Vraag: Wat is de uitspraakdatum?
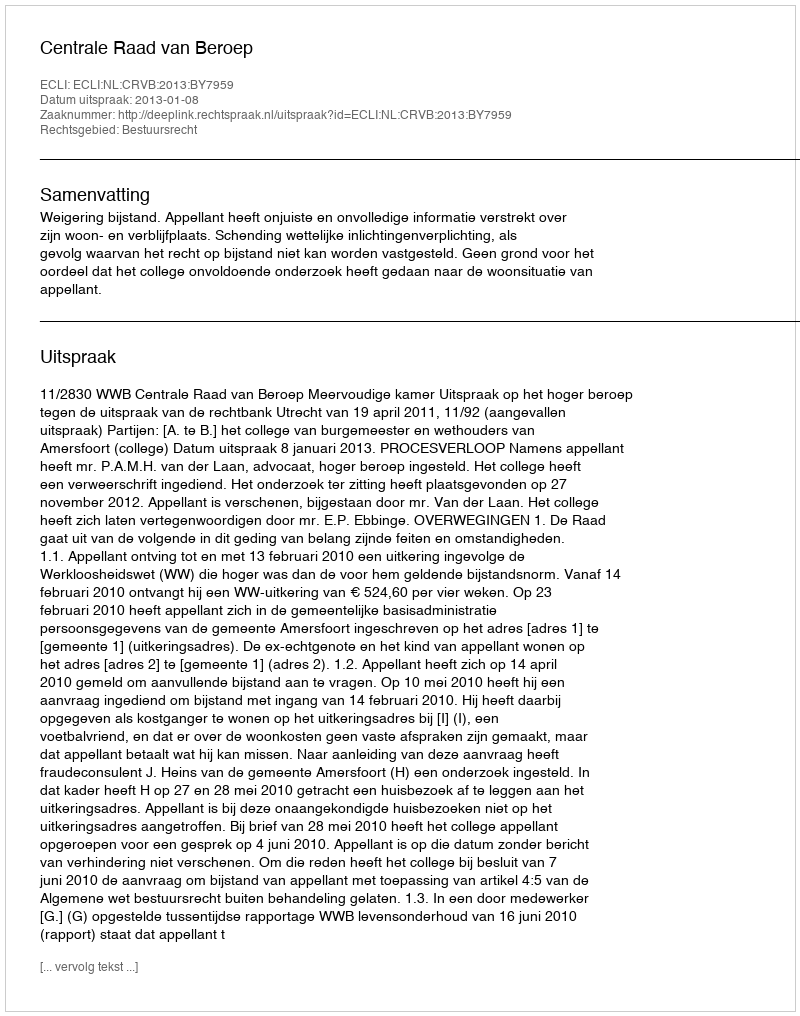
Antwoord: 2013-01-08